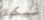
نيكولا